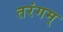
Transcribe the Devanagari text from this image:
तरंगम्